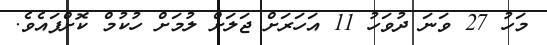
މަހު 27 ވަނަ ދުވަހު 11 އަހަރަށް ޖަލަށް ލުމަށް ހުކުމް ކޮށްފައެވެ.